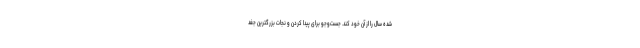
شده سال را از آن خود کند. جست‌وجو برای پیدا کردن و نجات بزرگترین جغد